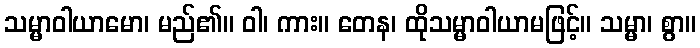
သမ္မာဝါယာမော၊ မည်၏။ ဝါ၊ ကား။ တေန၊ ထိုသမ္မာဝါယာမဖြင့်။ သမ္မာ၊ စွာ။